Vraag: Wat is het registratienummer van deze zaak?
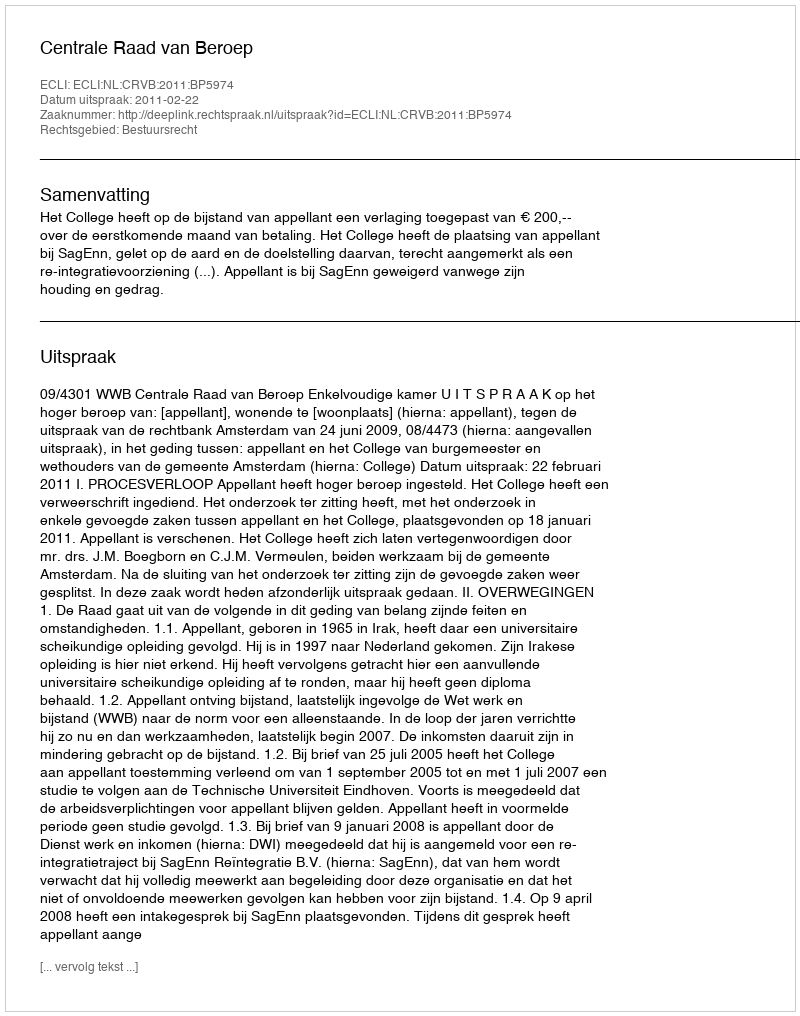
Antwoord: http://deeplink.rechtspraak.nl/uitspraak?id=ECLI:NL:CRVB:2011:BP5974